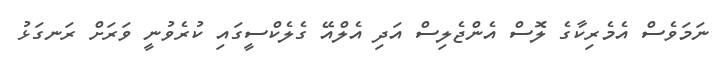
ނަމަވެސް އެމެރިކާގެ ލޮސް އެންޖެލިސް އަދި އެލްއޭ ގެލެކްސީގައި ކުރެވުނީ ވަރަށް ރަނގަޅު